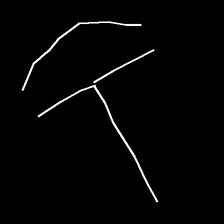
Glyph: dispersion